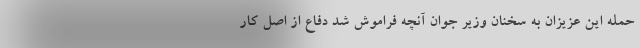
حمله این عزیزان به سخنان وزیر جوان آنچه فراموش شد دفاع از اصل کار